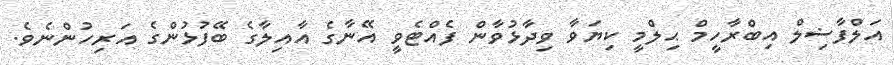
އަލްފާޟިލް އިބްރާހީމް ޙިލްމީ ކިޔަވާ ވިދާޅުވާން ފެއްޓެވީ އޭނާގެ އާއިލާގެ ބޭފުޅުންގެ އަރިހުންނެވެ.